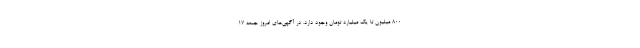
۸۰۰ میلیون تا یک میلیارد تومان وجود دارد. در آگهی‌های امروز جمعه ۱۷